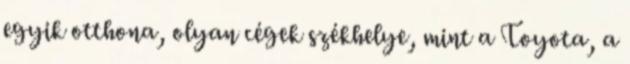
egyik otthona, olyan cégek székhelye, mint a Toyota, a